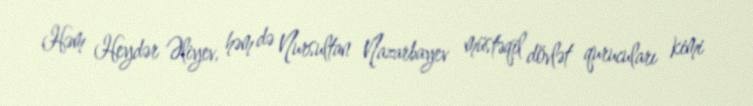
Həm Heydər Əliyev, həm də Nursultan Nazarbayev müstəqil dövlət qurucuları kimi